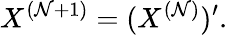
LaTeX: X^{(\mathcal{N}+1)}=(X^{(\mathcal{N})})^{\prime}.